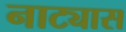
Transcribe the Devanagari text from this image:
नाट्यास